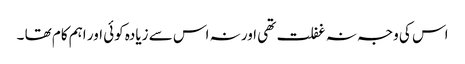
اس کی وجہ نہ غفلت تھی اور نہ اس سے زیادہ کوئی اور اہم کام تھا ۔